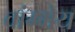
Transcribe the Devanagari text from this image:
वांग्मेय